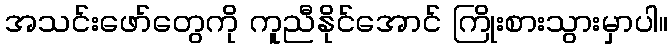
အသင်းဖော်တွေကို ကူညီနိုင်အောင် ကြိုးစားသွားမှာပါ။